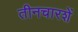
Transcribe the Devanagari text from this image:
तीनचारशें